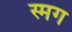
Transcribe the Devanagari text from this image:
स्मग